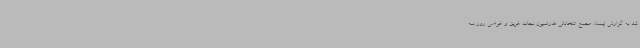
شد به گزارش ایسنا، مجمع انتخاباتی فدراسیون نجات غریق و غواصی روز سه